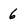
Character: 6